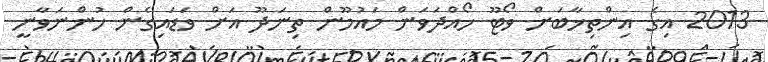
2013 އިގެ އިންތިޚާބަށް ވޯޓޫ ހޯއްދަވަން މައުމޫން ތިނަދޫ އަށް ވަޑައިގެން ހުންނަވާނީ